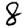
Digit: 8